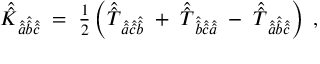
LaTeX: \hat { \hat { K } } _ { \hat { \hat { a } } \hat { \hat { b } } \hat { \hat { c } } } \; = \; { \textstyle \frac { 1 } { 2 } } \left( \hat { \hat { T } } _ { \hat { \hat { a } } \hat { \hat { c } } \hat { \hat { b } } } \; + \; \hat { \hat { T } } _ { \hat { \hat { b } } \hat { \hat { c } } \hat { \hat { a } } } \; - \; \hat { \hat { T } } _ { \hat { \hat { a } } \hat { \hat { b } } \hat { \hat { c } } } \right) \; ,